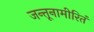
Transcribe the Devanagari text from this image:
जन्तूनामीरितं